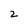
Character: 2